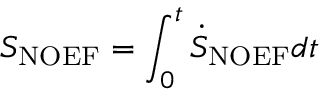
S _ { \mathrm { { N O E F } } } = \int _ { 0 } ^ { t } \dot { S } _ { \mathrm { { N O E F } } } d t